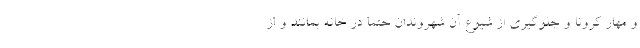
و مهار کرونا و جلوگیری از شیوع آن شهروندان حتما در خانه بمانند و از